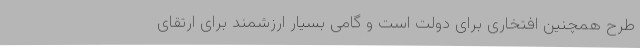
طرح همچنین افتخاری برای دولت است و گامی بسیار ارزشمند برای ارتقای